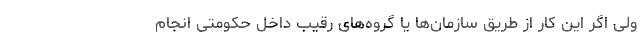
ولی اگر این کار از طریق سازمان‌ها یا گروه‌های رقیب داخل حکومتی انجام